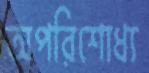
অপরিশোধ্য